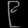
Digit: ၉